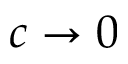
c \to 0